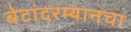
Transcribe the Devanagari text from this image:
बेटांदरम्यानचा